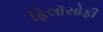
ફિલૉસોફી